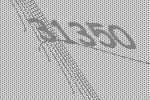
31350